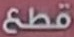
قطع